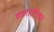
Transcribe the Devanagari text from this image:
शहरातस्थित